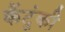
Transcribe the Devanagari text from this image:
कैंटुंकी